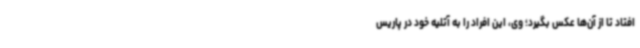
افتاد تا از آن‌ها عکس بگیرد؛ وی، این افراد را به آتلیه خود در پاریس